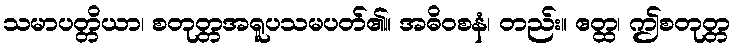
သမာပတ္တိယာ၊ စတုတ္တအရူပသမပတ်၏။ အဓိဝစနံ၊ တည်း။ ဧတ္ထ၊ ဤစတုတ္တ